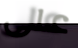
على